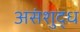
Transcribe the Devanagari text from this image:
असंशुद्ध